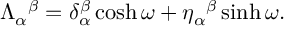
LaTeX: \Lambda _ { \alpha } { } ^ { \beta } = \delta _ { \alpha } ^ { \beta } \cosh \omega + \eta _ { \alpha } { } ^ { \beta } \sinh \omega .